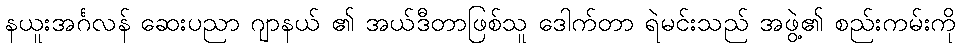
နယူးအင်္ဂလန် ဆေးပညာ ဂျာနယ် ၏ အယ်ဒီတာဖြစ်သူ ဒေါက်တာ ရဲမင်းသည် အဖွဲ့၏ စည်းကမ်းကို